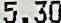
5.30